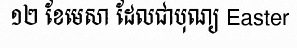
១២ ខែមេសា ដែលជាបុណ្យ Easter